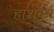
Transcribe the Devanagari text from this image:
हाशबुर्ग